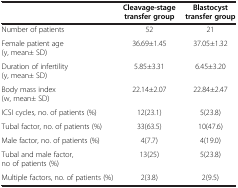
<table><thead><tr><td><b> </b></td><td><b>Cleavage-stage transfer group</b></td><td><b>Blastocyst transfer group</b></td></tr></thead><tbody><tr><td>Number of patients</td><td>52</td><td>21</td></tr><tr><td>Female patient age (y, mean± SD)</td><td>36.69±1.45</td><td>37.05±1.32</td></tr><tr><td>Duration of infertility (y, mean± SD)</td><td>5.85±3.31</td><td>6.45±3.20</td></tr><tr><td>Body mass index (w, mean± SD)</td><td>22.14±2.07</td><td>22.84±2.47</td></tr><tr><td>ICSI cycles, no. of patients (%)</td><td>12(23.1)</td><td>5(23.8)</td></tr><tr><td>Tubal factor, no. of patients (%)</td><td>33(63.5)</td><td>10(47.6)</td></tr><tr><td>Male factor, no. of patients (%)</td><td>4(7.7)</td><td>4(19.0)</td></tr><tr><td>Tubal and male factor, no of patients (%)</td><td>13(25)</td><td>5(23.8)</td></tr><tr><td>Multiple factors, no. of patients (%)</td><td>2(3.8)</td><td>2(9.5)</td></tr></tbody></table>